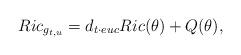
LaTeX: \begin{align*}&Ric_{g_{t,u}}=d_{t \cdot euc}Ric(\theta)+Q(\theta),\end{align*}